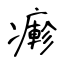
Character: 𤺋